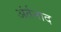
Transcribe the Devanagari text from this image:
अंर्तनाद